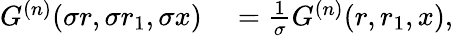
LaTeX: \begin{array}{rl}{G^{(n)}(\sigma r,\sigma r_{1},\sigma x)}&{{}=\frac{1}{\sigma}G^{(n)}(r,r_{1},x),}\end{array}